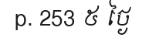
p. 253 ៥ ថ្ងៃ